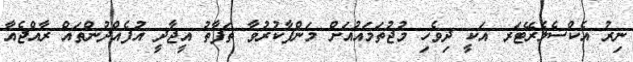
ނިރު އެކްސެލެރޭޓަރ އަކީ ދިވެހި މުޖުތަމައުއަށް މަންފާކުރުވާ ތަފާތު އީޖާދީ އުފެއްދުންތައް ރާއްޖެއާ